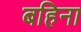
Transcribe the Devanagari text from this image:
बहिना